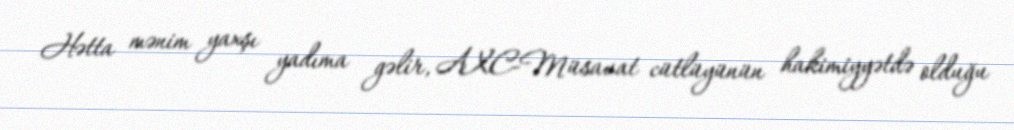
Hətta mənim yaxşı yadıma gəlir, AXC-Müsavat cütlüyünün hakimiyyətdə olduğu